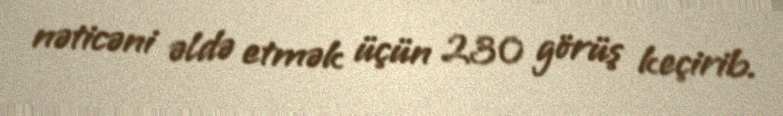
nəticəni əldə etmək üçün 230 görüş keçirib.